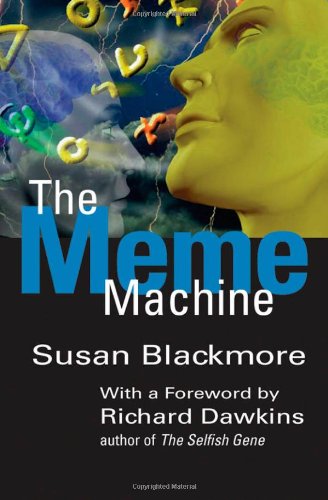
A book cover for The Meme Machine (Popular Science); Susan Blackmore; Medical Books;